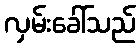
လှမ်းခေါ်သည်